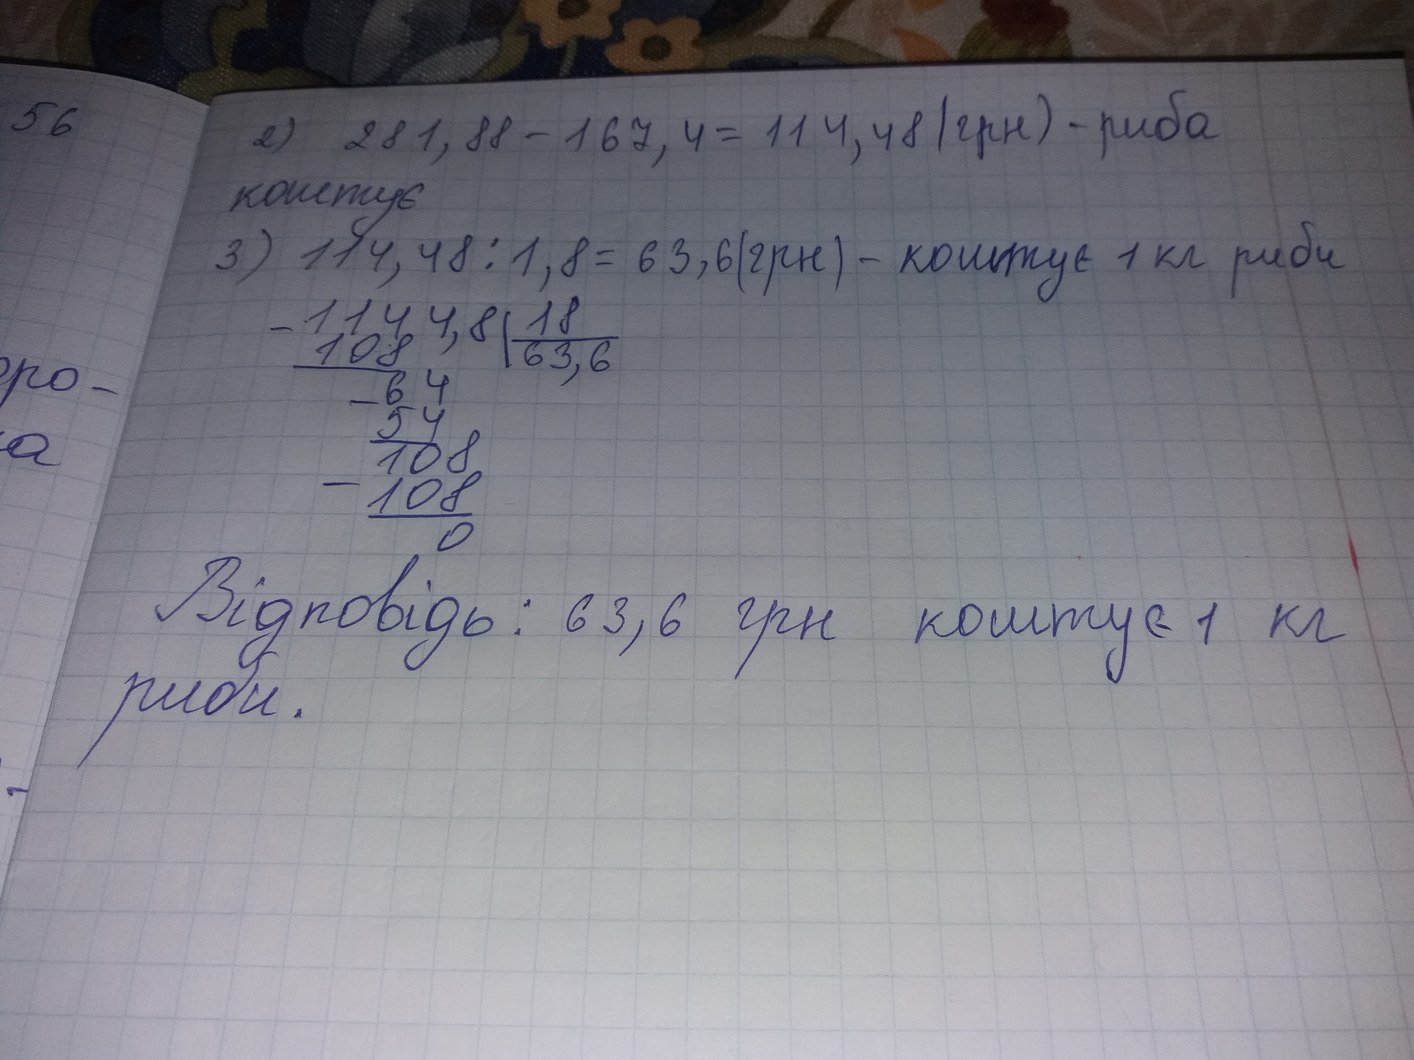
2) 281,88 - 167,4 = 114,48 (грн) - риба
56
коштує
3) 114, 48 : 1, 8 = 63, 6 (грн) - коштує 1 кг риби
\begin{array}{r|l} -1144,8 & 18 \\ \cline{2-2} \underline{108} & 63,6 \\ -64 & \\ \underline{54} & \\ 108 & \\ \underline{-108} & \\ 0 & \end{array}
ро-
а
Відповідь: 63,6 грн коштує 1 кг
риби.